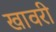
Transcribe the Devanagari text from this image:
खावरी